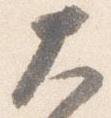
大